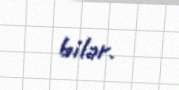
bilər.